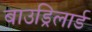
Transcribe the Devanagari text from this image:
बाउड्रिलार्ड